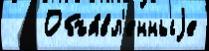
   Объя́вл'енныjе